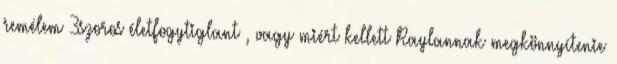
remélem 3szoros életfogytiglant , vagy miért kellett Raylannak megkönnyítenie